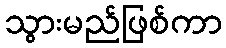
သွားမည်ဖြစ်ကာ